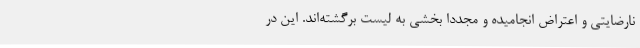
نارضایتی و اعتراض انجامیده و مجددا بخشی به لیست برگشته‌اند. این در